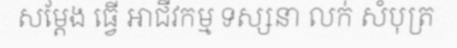
សម្តែង ធ្វើ អាជីវកម្ម ទស្សនា លក់ សំបុត្រ